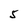
Character: 5